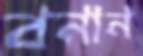
বনান